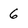
Character: 6